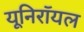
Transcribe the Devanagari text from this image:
यूनिरॉयल